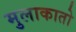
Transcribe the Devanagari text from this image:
मुलाकातो